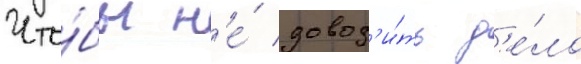
Что́бы н'е́ довод'и́ть д'е́ло